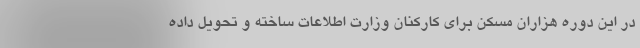
در این دوره هزاران مسکن برای کارکنان وزارت اطلاعات ساخته و تحویل داده